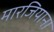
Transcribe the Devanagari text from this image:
मारजियाना